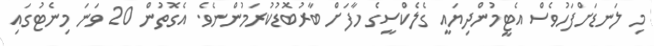
މި ލަނޑަށްފަހުވެސް އެޓީމުންދިޔައީ ގެލެކްސީގެ ހާފަށް ބާރުބޮޑުކުރަމުންނެވެ. އެގޮތުން 20 ވަނަ މިނެޓުގައި